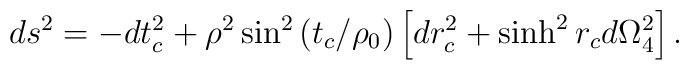
ds^2=-dt_c^2+\rho^2\sin^2\left(t_c/\rho_0\right)\left[dr_c^2+\sinh^2 r_c d\Omega_4^2\right] .